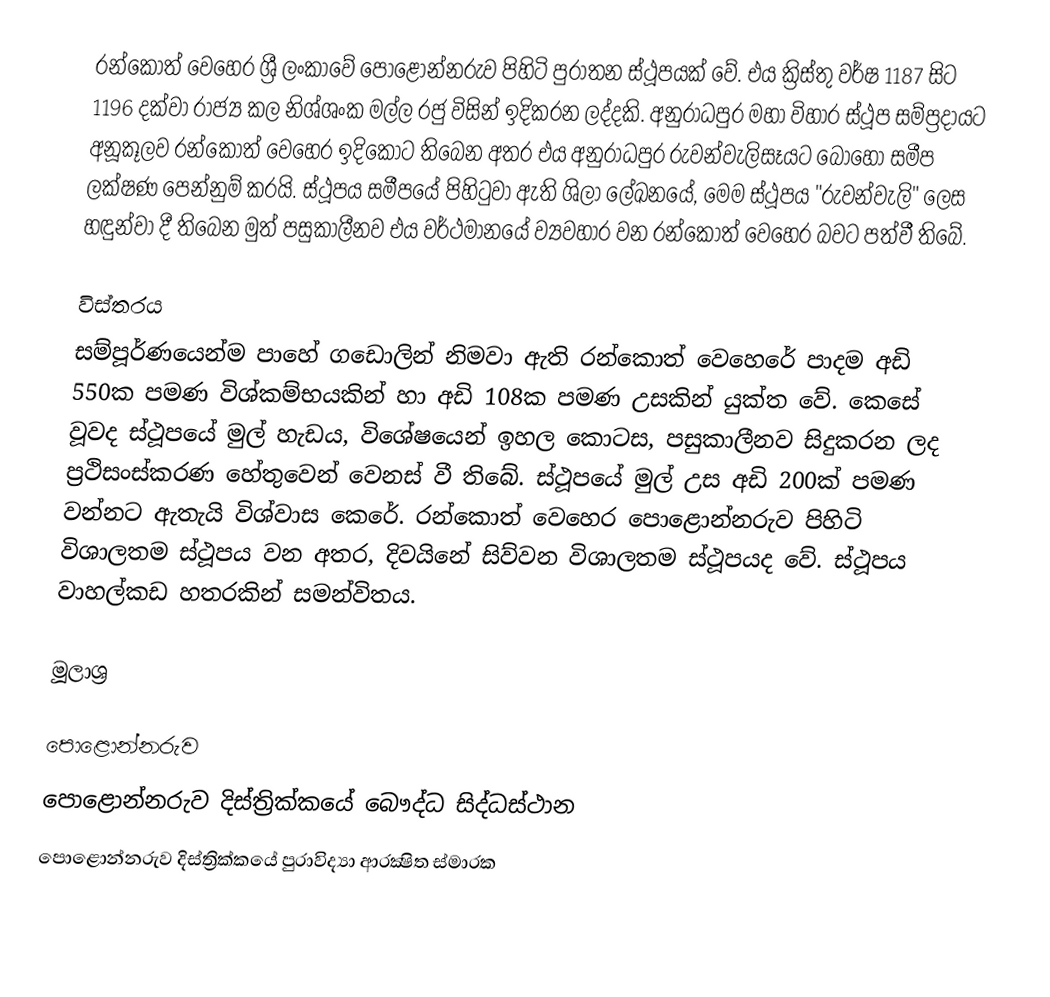
රන්කොත් වෙහෙර ශ්‍රී ලංකාවේ පොළොන්නරුව පිහිටි පුරාතන ස්ථූපයක් වේ. එය ක්‍රිස්තු වර්ෂ 1187 සිට 1196 දක්වා රාජ්‍ය කල නිශ්ශංක මල්ල රජු විසින් ඉදිකරන ලද්දකි. අනුරාධපුර මහා විහාර ස්ථූප සම්ප්‍රදායට අනූකූලව රන්කොත් වෙහෙර ඉදිකොට තිබෙන අතර එය අනුරාධපුර රුවන්වැලිසෑයට බොහෝ සමීප ලක්ෂණ පෙන්නුම් කරයි. ස්ථූපය සමීපයේ පිහිටුවා ඇති ශිලා ලේඛනයේ, මෙම ස්ථූපය "රුවන්වැලි" ලෙස හඳුන්වා දී තිබෙන මුත් පසුකාලීනව එය වර්ථමානයේ ව්‍යවහාර වන රන්කොත් වෙහෙර බවට පත්වී තිබේ.

විස්තරය
සම්පූර්ණයෙන්ම පාහේ ගඩොලින් නිමවා ඇති රන්කොත් වෙහෙරේ පාදම අඩි 550ක පමණ විශ්කම්භයකින් හා අඩි 108ක පමණ උසකින් යුක්ත වේ. කෙසේ වූවද ස්ථූපයේ මුල් හැඩය, විශේෂයෙන් ඉහල කොටස, පසුකාලීනව සිදුකරන ලද ප්‍රථිසංස්කරණ හේතුවෙන් වෙනස් වී තිබේ. ස්ථූපයේ මුල් උස අඩි 200ක් පමණ වන්නට ඇතැයි විශ්වාස කෙරේ. රන්කොත් වෙහෙර පොළොන්නරුව පිහිටි විශාලතම ස්ථූපය වන අතර, දිවයිනේ සිව්වන විශාලතම ස්ථූපයද වේ. ස්ථූපය වාහල්කඩ හතරකින් සමන්විතය.

මූලාශ්‍ර

පොළොන්නරුව
පොළොන්නරුව දිස්ත්‍රික්කයේ බෞද්ධ සිද්ධස්ථාන‎
පොළොන්නරුව දිස්ත්‍රික්කයේ පුරාවිද්‍යා ආරක්‍ෂිත ස්මාරක